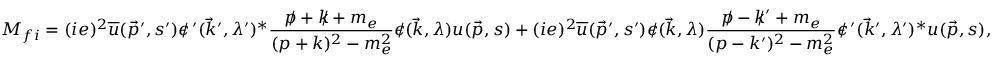
M _ { f i } = ( i e ) ^ { 2 } { \overline { { u } } } ( { \vec { p } } ^ { \prime } , s ^ { \prime } ) \epsilon \! \! \! / \, ^ { \prime } ( { \vec { k } } ^ { \prime } , \lambda ^ { \prime } ) ^ { * } { \frac { p \! \! \! / + k \! \! \! / + m _ { e } } { ( p + k ) ^ { 2 } - m _ { e } ^ { 2 } } } \epsilon \! \! \! / ( { \vec { k } } , \lambda ) u ( { \vec { p } } , s ) + ( i e ) ^ { 2 } { \overline { { u } } } ( { \vec { p } } ^ { \prime } , s ^ { \prime } ) \epsilon \! \! \! / ( { \vec { k } } , \lambda ) { \frac { p \! \! \! / - k \! \! \! / ^ { \prime } + m _ { e } } { ( p - k ^ { \prime } ) ^ { 2 } - m _ { e } ^ { 2 } } } \epsilon \! \! \! / \, ^ { \prime } ( { \vec { k } } ^ { \prime } , \lambda ^ { \prime } ) ^ { * } u ( { \vec { p } } , s ) ,